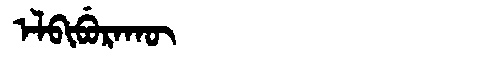
Manchu: ᡝᠯᠪᡳᠪᡠᡵᠠᡴᡡ
Romanization: ELBIBURAKŪ